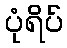
ပုံရိပ်